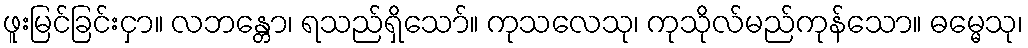
ဖူးမြင်ခြင်းငှာ။ လဘန္တော၊ ရသည်ရှိသော်။ ကုသလေသု၊ ကုသိုလ်မည်ကုန်သော။ ဓမ္မေသု၊